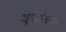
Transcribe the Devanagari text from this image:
वृत्तांच्या